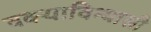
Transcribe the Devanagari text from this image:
वक्याविन्यासी